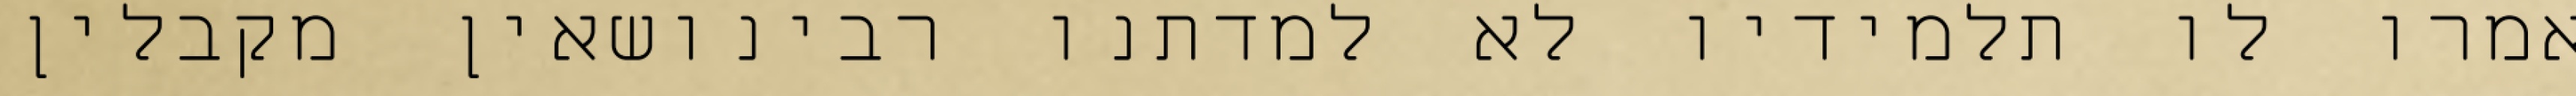
אמרו לו תלמידיו לא למדתנו רבינושאין מקבלין